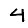
Digit: 4